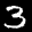
Label: 3